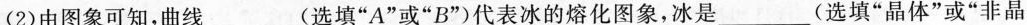
(2)由图象可知，曲线___(选填”A”或”B”)代表冰的熔化图象，冰是___(选填”晶体”或”非晶